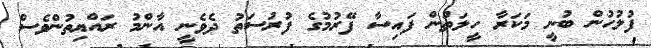
ފުލުހުން ބުނީ މަކަރާ ހީލަތުން ފައިސާ ފޭރުމުގެ ފުރުސަތު ދެވެނީ އާންމު ރައްޔިތުންވެސް